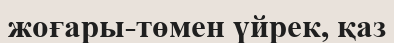
жоғары-төмен үйрек, қаз